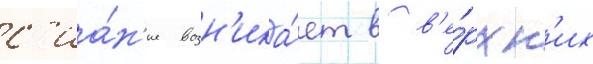
с'иа́н'ие возн'ика́ет в в'е́рхн'их